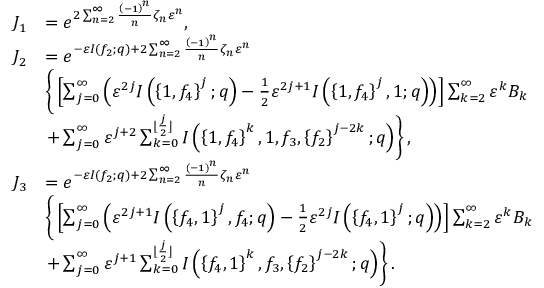
\begin{array} { r l } { J _ { 1 } } & { = e ^ { 2 \sum _ { n = 2 } ^ { \infty } \frac { \left( - 1 \right) ^ { n } } { n } \zeta _ { n } \varepsilon ^ { n } } , } \\ { J _ { 2 } } & { = e ^ { - \varepsilon I ( f _ { 2 } ; q ) + 2 \sum _ { n = 2 } ^ { \infty } \frac { \left( - 1 \right) ^ { n } } { n } \zeta _ { n } \varepsilon ^ { n } } } \\ & { \left\{ \vphantom { \sum _ { k = 0 } ^ { \lfloor \frac { j } { 2 } \rfloor } } \left[ \sum _ { j = 0 } ^ { \infty } \left( \varepsilon ^ { 2 j } I \left( \left\{ 1 , f _ { 4 } \right\} ^ { j } ; q \right) - \frac { 1 } { 2 } \varepsilon ^ { 2 j + 1 } I \left( \left\{ 1 , f _ { 4 } \right\} ^ { j } , 1 ; q \right) \right) \right] \sum _ { k = 2 } ^ { \infty } \varepsilon ^ { k } B _ { k } \right. } \\ & { \left. + \sum _ { j = 0 } ^ { \infty } \varepsilon ^ { j + 2 } \sum _ { k = 0 } ^ { \lfloor \frac { j } { 2 } \rfloor } I \left( \left\{ 1 , f _ { 4 } \right\} ^ { k } , 1 , f _ { 3 } , \left\{ f _ { 2 } \right\} ^ { j - 2 k } ; q \right) \right\} , } \\ { J _ { 3 } } & { = e ^ { - \varepsilon I ( f _ { 2 } ; q ) + 2 \sum _ { n = 2 } ^ { \infty } \frac { \left( - 1 \right) ^ { n } } { n } \zeta _ { n } \varepsilon ^ { n } } } \\ & { \left\{ \vphantom { \sum _ { k = 0 } ^ { \lfloor \frac { j } { 2 } \rfloor } } \left[ \sum _ { j = 0 } ^ { \infty } \left( \varepsilon ^ { 2 j + 1 } I \left( \left\{ f _ { 4 } , 1 \right\} ^ { j } , f _ { 4 } ; q \right) - \frac { 1 } { 2 } \varepsilon ^ { 2 j } I \left( \left\{ f _ { 4 } , 1 \right\} ^ { j } ; q \right) \right) \right] \sum _ { k = 2 } ^ { \infty } \varepsilon ^ { k } B _ { k } \right. } \\ & { \left. + \sum _ { j = 0 } ^ { \infty } \varepsilon ^ { j + 1 } \sum _ { k = 0 } ^ { \lfloor \frac { j } { 2 } \rfloor } I \left( \left\{ f _ { 4 } , 1 \right\} ^ { k } , f _ { 3 } , \left\{ f _ { 2 } \right\} ^ { j - 2 k } ; q \right) \right\} . } \end{array}